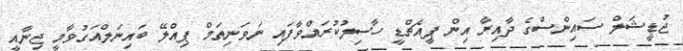
ޖުޑީޝަލް ސައިންސްގެ ދާއިރާ އިން ޕީއެޗްޑީ ހާސިލުކުރައްވާފައި ނަވަނިތަމް ޕިއްލޭ ބައިނަލްއަގުވާމީ ޖިނާއީ